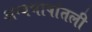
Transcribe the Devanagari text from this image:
अन्यभाषांतली